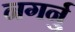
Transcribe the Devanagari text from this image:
नगर्नु